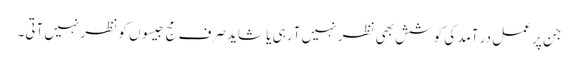
جن پر عمل در آمد کی کوشش بھی نظر نہیں آ رہی یا شاید صرف مج جیسوں کو نظر نہیں آتی۔